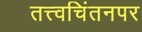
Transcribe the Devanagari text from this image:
तत्त्वचिंतनपर